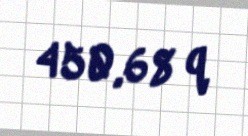
450,68 q